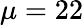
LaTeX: \mu=22